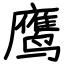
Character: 鹰